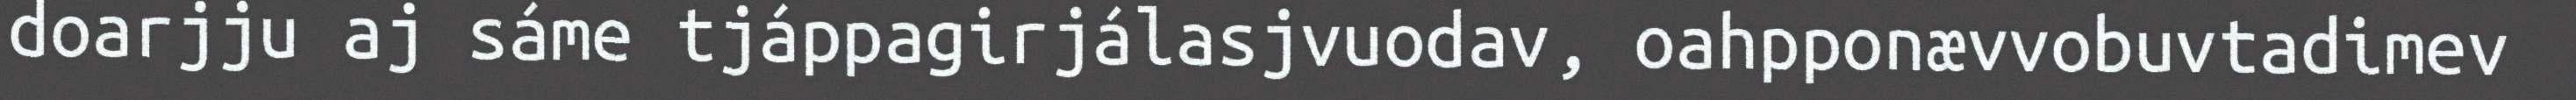
doarjju aj sáme tjáppagirjálasjvuodav, oahpponævvobuvtadimev